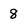
Character: 8